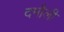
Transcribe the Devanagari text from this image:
दमाैली